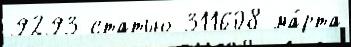
9293 статью 311608 ма́рта